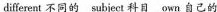
different 不同的 subject 科目 own 自己的